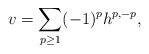
\begin{align*}v = \sum_{p \geq 1} (-1)^p h^{p,-p},\end{align*}